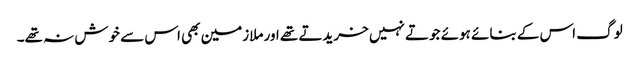
لوگ اس کے بنائے ہوئے جوتے نہیں خریدتے تھے اور ملازمین بھی اس سے خوش نہ تھے۔